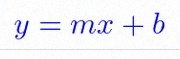
y=mx+b